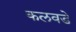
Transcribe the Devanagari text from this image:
कलवडे